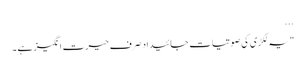
...
"یہ لکڑی کی صوتیات جائیداد صرف حیرت انگیز ہے ۔